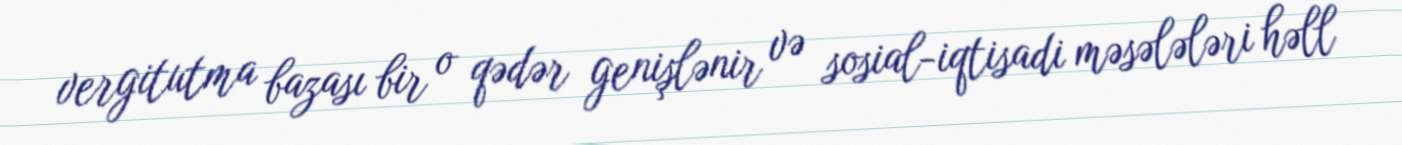
vergitutma bazası bir o qədər genişlənir və sosial-iqtisadi məsələləri həll